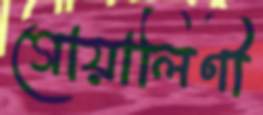
গোয়ালিণী